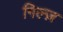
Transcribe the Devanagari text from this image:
गिल्ज़